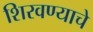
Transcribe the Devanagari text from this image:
शिरवण्याचे